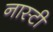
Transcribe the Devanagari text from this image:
नास्टी